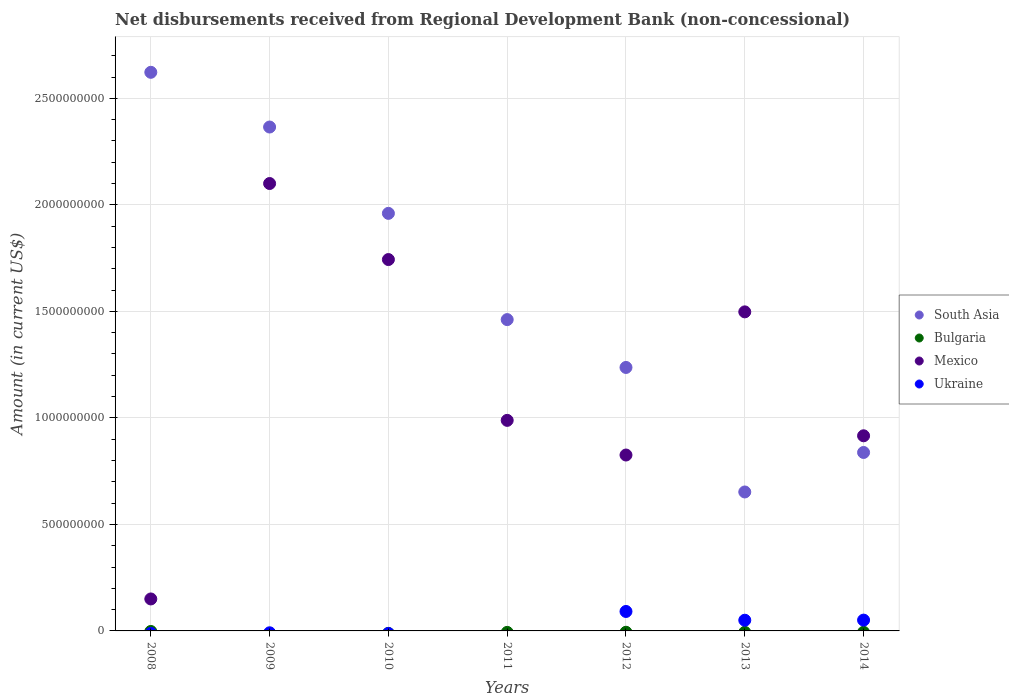
| Years | South Asia | Bulgaria | Mexico | Ukraine |
 | --- | --- | --- | --- | --- |
 | 2008 | 2.62e+09 | -2.58e+06 | 1.5e+08 | -1.14e+07 |
 | 2009 | 2.37e+09 | -1.36e+07 | 2.1e+09 | -8.74e+06 |
 | 2010 | 1.96e+09 | -1.18e+07 | 1.74e+09 | -1.19e+07 |
 | 2011 | 1.46e+09 | -6.87e+06 | 9.88e+08 | -7.33e+08 |
 | 2012 | 1.24e+09 | -6.35e+06 | 8.26e+08 | 9.13e+07 |
 | 2013 | 6.52e+08 | -6.69e+06 | 1.5e+09 | 5.02e+07 |
 | 2014 | 8.38e+08 | -6.57e+06 | 9.16e+08 | 5.08e+07 |